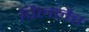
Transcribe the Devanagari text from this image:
पिललैत्त